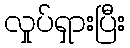
လှုပ်ရှားပြီး